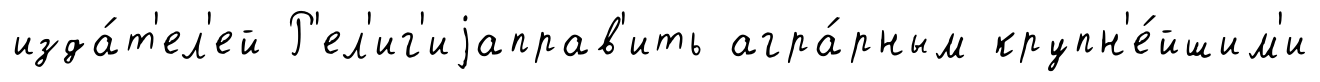
изда́т'ел'ей Р'ел'иг'иjаправ'ить агра́рным крупн'е́йшим'и